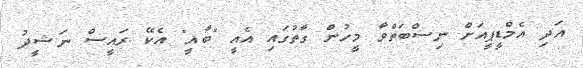
އަދި އެމްޑީޕީއަށް ނިސްބަތްވާ މީހުން ގާތުގައި އެއީ "ބާޣީ" އެކޭ ރައީސް ނަޝީދު